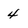
Character: 4